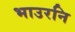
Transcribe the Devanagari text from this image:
भाउरनि